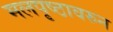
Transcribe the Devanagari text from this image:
मलपृष्ठावरुन